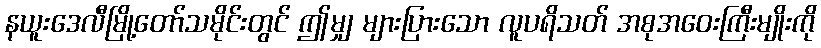
နယူးဒေလီမြို့တော်သမိုင်းတွင် ဤမျှ များပြားသော လူပရိသတ် အစုအဝေးကြီးမျိုးကို